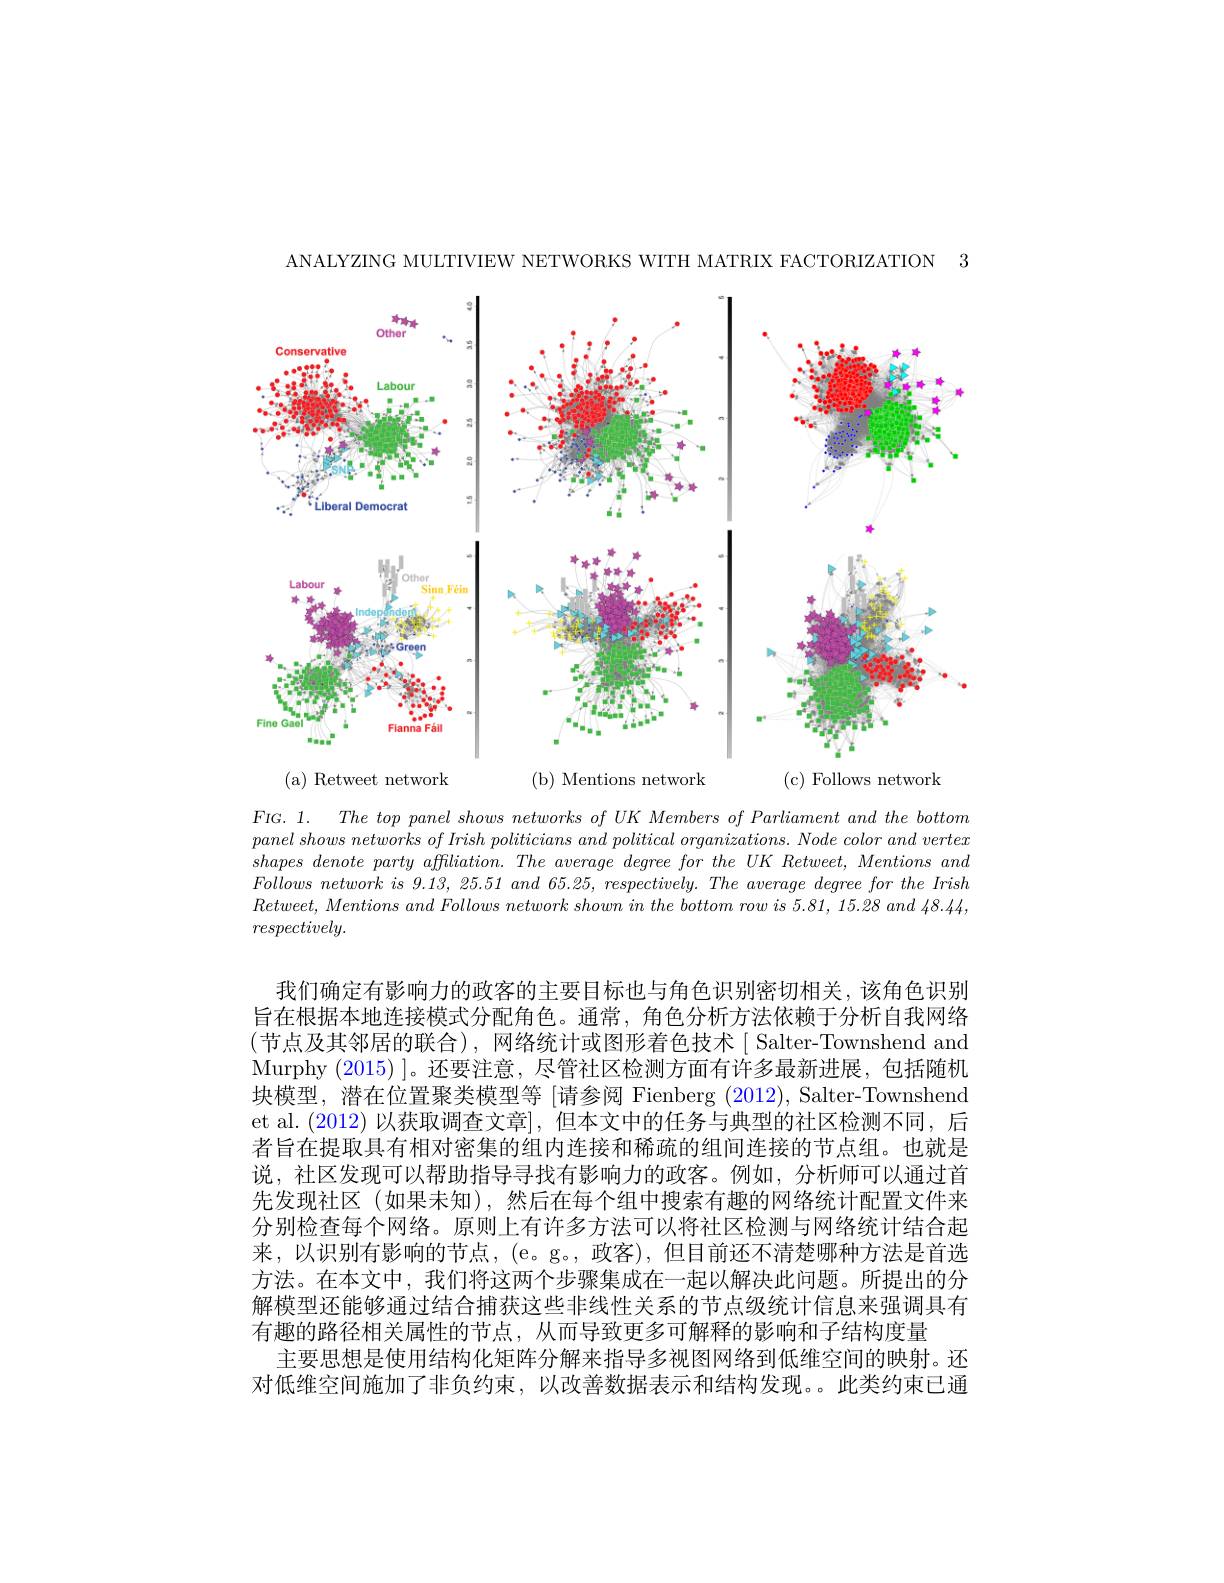
ANALYZING MULTIVIEW NETWORKS WITH MATRIX FACTORIZATION 3

<FigureHere>

$F$IG. 1. The top panel shows networks of UK Members of Parliament and the bottom $panel\textit{ shows networks of Irish politicians and political organizations. Node color and vertex}$ $shapes~denote~party~affliation.~The~average~degree~for~the~UK~Retweet,~Mentions~and$ $Follows~network~is~9.13,~25.51~and~65.25,~respectively.~The~average~degree~for~the~Irish$ $Retweet, Mentions$ and Follows network shown $in$ the bottom row $is$ 5.81, 15.28 and 48.44, $respectively.$

我们确定有影响力的政客的主要目标也与角色识别密切相关，该角色识别旨在根据本地连接模式分配角色。通常，角色分析方法依赖于分析自我网络(节点及其邻居的联合),网络统计或图形着色技术$\mid$Salter-Townshend and Murphy $(2015)\mid$。还要注意，尽管社区检测方面有许多最新进展，包括随机块模型，潜在位置聚类模型等 [请参阅 Fienberg (2012), Salter-Townshend et al. (2012) 以获取调查文章|, 但本文中的任务与典型的社区检测不同，后者旨在提取具有相对密集的组内连接和稀疏的组间连接的节点组。也就是说，社区发现可以帮助指导寻找有影响力的政客。例如，分析师可以通过首先发现社区(如果未知),然后在每个组中搜索有趣的网络统计配置文件来分别检查每个网络。原则上有许多方法可以将社区检测与网络统计结合起来，以识别有影响的节点，(e。g。,政客),但目前还不清楚哪种方法是首选方法。在本文中，我们将这两个步骤集成在一起以解决此问题。所提出的分解模型还能够通过结合捕获这些非线性关系的节点级统计信息来强调具有有趣的路径相关属性的节点，从而导致更多可解释的影响和子结构度量
主要思想是使用结构化矩阵分解来指导多视图网络到低维空间的映射。还对低维空间施加了非负约束，以改善数据表示和结构发现。此类约束已通